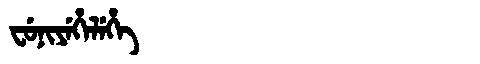
Manchu: ᠸᡠᠨᡳᠶᡝᡥᡝᠯᡝᡥᡝ
Romanization: FUNIYEHELEHE